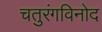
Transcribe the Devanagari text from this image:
चतुरंगविनोद